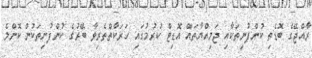
ރާއްޖޭގެ ބޮޑެތި ކުންފުނިތަކާއި ޖަމިއްޔާތައް އޮޑިޓް ކުރުމުގައި ހަރަކާތްތެރިވާ ބޭރުގެ ކުންފުނިތަކުން ކޮންމެ